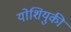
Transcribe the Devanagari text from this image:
योशियुकी